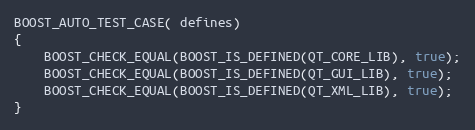
Language: C++
BOOST_AUTO_TEST_CASE( defines)
{
    BOOST_CHECK_EQUAL(BOOST_IS_DEFINED(QT_CORE_LIB), true);
    BOOST_CHECK_EQUAL(BOOST_IS_DEFINED(QT_GUI_LIB), true);
    BOOST_CHECK_EQUAL(BOOST_IS_DEFINED(QT_XML_LIB), true);
}